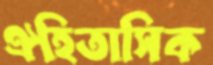
ঐহিতাসিক